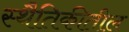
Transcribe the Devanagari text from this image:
स्थैतिकीतील